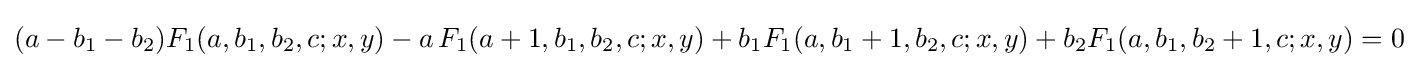
(a-b_{1}-b_{2})F_{1}(a,b_{1},b_{2},c;x,y)-a\,F_{1}(a+1,b_{1},b_{2},c;x,y)+b_{1}F_{1}(a,b_{1}+1,b_{2},c;x,y)+b_{2}F_{1}(a,b_{1},b_{2}+1,c;x,y)=0~